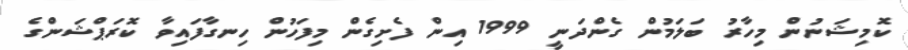
ކޮމިޝަނުން މިހާރު ބަލަމުން ގެންދަނީ 1999 އިން ފެށިގެން މިފަހުން ހިނގާފައިވާ ކޮރަޕްޝަންގެ